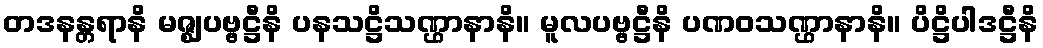
တဒနန္တရာနိ မဇ္ဈပဗ္ဗဋ္ဌီနိ ပနသဋ္ဌိသဏ္ဌာနာနိ။ မူလပဗ္ဗဋ္ဌီနိ ပဏဝသဏ္ဌာနာနိ။ ပိဋ္ဌိပါဒဋ္ဌီနိ